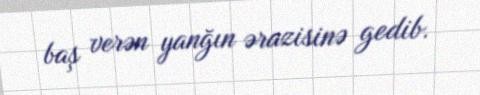
baş verən yanğın ərazisinə gedib.